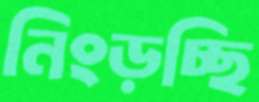
নিংড়চ্ছি